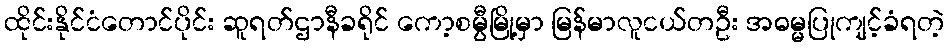
ထိုင်းနိုင်ငံတောင်ပိုင်း ဆူရတ်ဌာနီခရိုင် ကော့စမွီမြို့မှာ မြန်မာလူငယ်တဦး အဓမ္မပြုကျင့်ခံရတဲ့